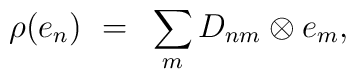
\rho(e_n) ~=~ \sum _m D_{nm} \otimes e_m,